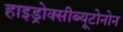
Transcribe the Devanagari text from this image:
हाइड्रोक्सीब्यूटोनोन